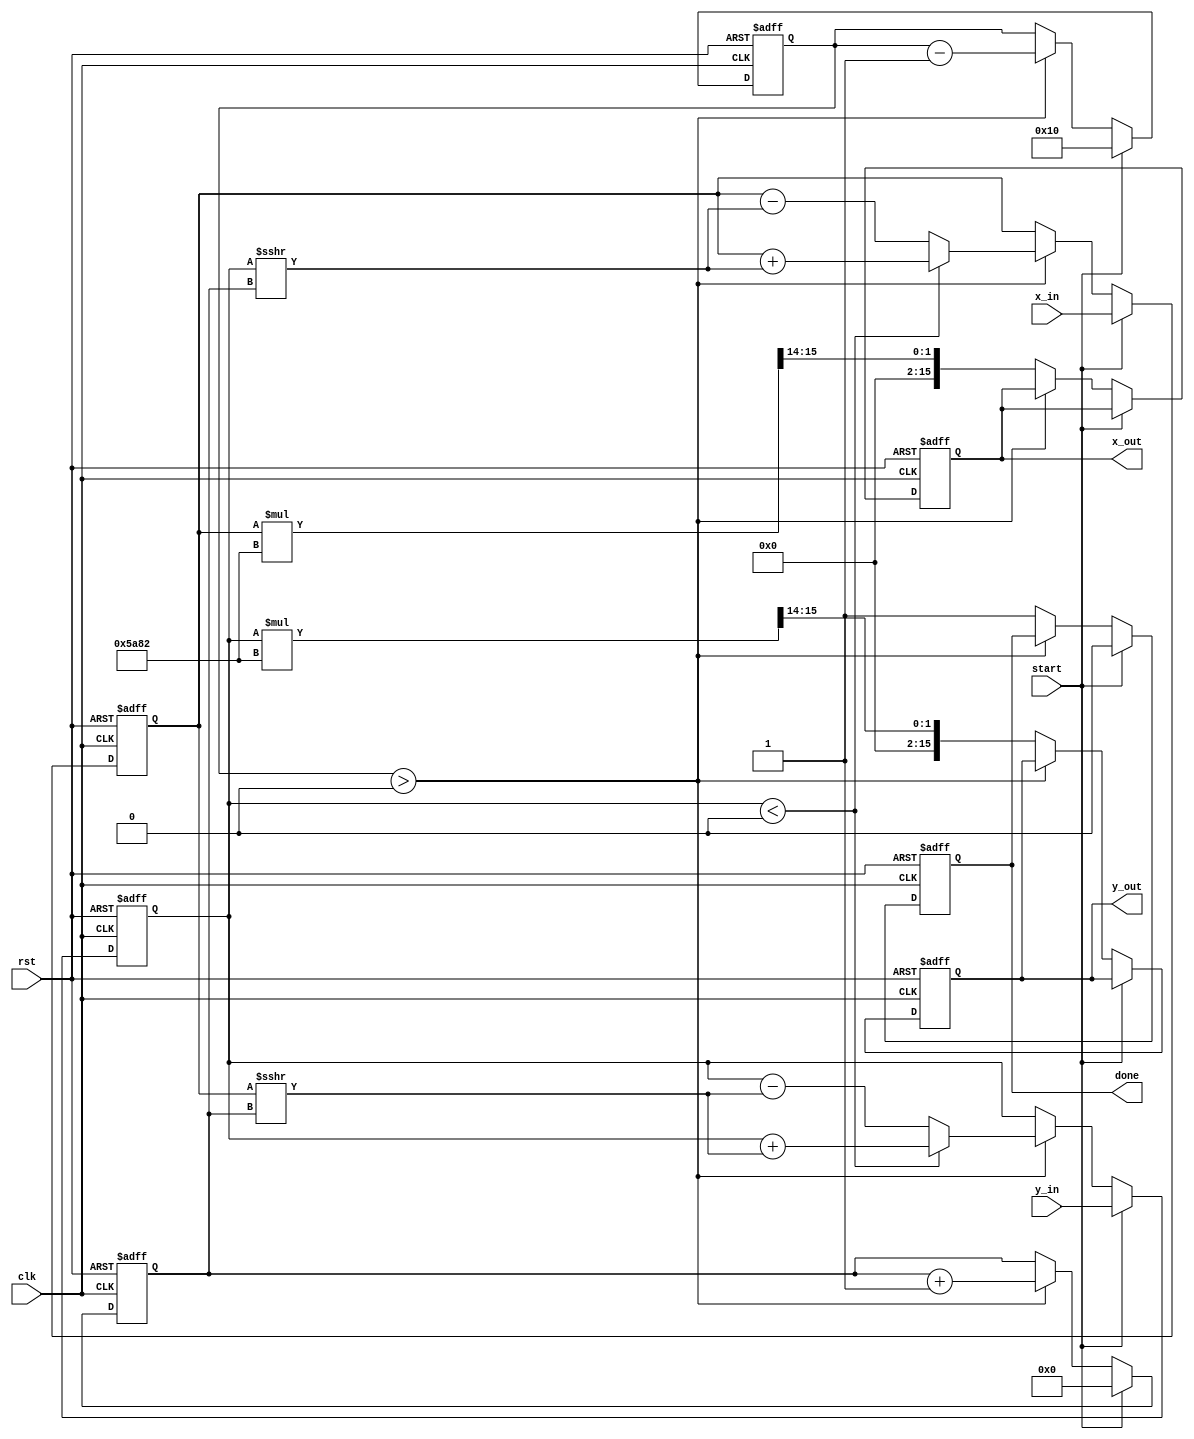
module vectoring_cordic #(
    parameter DATA_WIDTH = 16, // Configurable data width
    parameter ITERATIONS = 16   // Number of iterations for precision
)(
    input wire clk,               // Clock signal
    input wire rst,               // Reset signal
    input wire start,             // Start signal
    input wire signed [DATA_WIDTH-1:0] x_in, // Input X coordinate
    input wire signed [DATA_WIDTH-1:0] y_in, // Input Y coordinate
    output reg signed [DATA_WIDTH-1:0] x_out, // Output X coordinate
    output reg signed [DATA_WIDTH-1:0] y_out, // Output Y coordinate
    output reg done               // Done signal
);

    // Internal signals
    reg signed [DATA_WIDTH-1:0] x, y;
    reg signed [DATA_WIDTH-1:0] angle_accum;
    reg [4:0] iteration_count; // 5 bits to count up to 16 iterations
    reg [4:0] i; // Loop variable for iterations
    reg [DATA_WIDTH-1:0] atan_table [0:ITERATIONS-1]; // Lookup table for atan values
    reg [DATA_WIDTH-1:0] scaling_factor; // Scaling factor for normalization
    
    // Initializing CORDIC parameters
    initial begin
        // Initialize atan_table with precomputed arctangent values
        atan_table[0] = 16'h26DD; // atan(2^-0) in fixed-point
        atan_table[1] = 16'h1C71; // atan(2^-1)
        atan_table[2] = 16'h14AE; // atan(2^-2)
        atan_table[3] = 16'h0E3C; // atan(2^-3)
        atan_table[4] = 16'h07E4; // atan(2^-4)
        atan_table[5] = 16'h03FE; // atan(2^-5)
        atan_table[6] = 16'h01FF; // atan(2^-6)
        atan_table[7] = 16'h00FF; // atan(2^-7)
        atan_table[8] = 16'h007F; // atan(2^-8)
        atan_table[9] = 16'h003F; // atan(2^-9)
        atan_table[10] = 16'h001F; // atan(2^-10)
        atan_table[11] = 16'h000F; // atan(2^-11)
        atan_table[12] = 16'h0007; // atan(2^-12)
        atan_table[13] = 16'h0003; // atan(2^-13)
        atan_table[14] = 16'h0001; // atan(2^-14)
        atan_table[15] = 16'h0000; // atan(2^-15)
        
        // Set scaling factor (approximation of 1/sqrt(1+0.5))
        scaling_factor = 16'h5A82; // Scaling factor for normalization
    end

    // State machine for CORDIC operation
    always @(posedge clk or posedge rst) begin
        if (rst) begin
            x <= 0;
            y <= 0;
            angle_accum <= 0;
            iteration_count <= 0;
            done <= 0;
            x_out <= 0;
            y_out <= 0;
            i <= 0;
        end else if (start) begin
            // Load inputs and initialize
            x <= x_in;
            y <= y_in;
            angle_accum <= 0;
            iteration_count <= ITERATIONS;
            i <= 0;
            done <= 0;
        end else if (iteration_count > 0) begin
            // CORDIC rotation logic
            if (y < 0) begin
                // Rotate clockwise
                x <= x + (y >>> i);
                y <= y + (x >>> i);
                angle_accum <= angle_accum - atan_table[i];
            end else begin
                // Rotate counter-clockwise
                x <= x - (y >>> i);
                y <= y - (x >>> i);
                angle_accum <= angle_accum + atan_table[i];
            end
            
            // Update iteration count and loop variable
            iteration_count <= iteration_count - 1;
            i <= i + 1;
        end else begin
            // Final output assignment
            x_out <= x * scaling_factor >>> 14; // Adjust for scaling
            y_out <= y * scaling_factor >>> 14; // Adjust for scaling
            done <= 1; // Signal that computation is done
        end
    end
endmodule